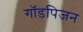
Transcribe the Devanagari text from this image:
गॉडपिजन